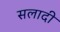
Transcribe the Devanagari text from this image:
सलादी